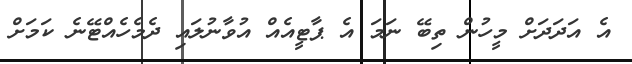
އެ އަދަދަށް މީހުން ތިބޭ ނަމަ އެ ޕާޓީއެއް އުވާނުލައި ދެމެހެއްޓޭނެ ކަމަށް